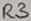
Text: R2